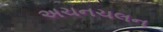
અચનચલન